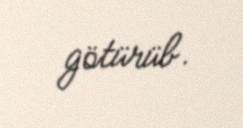
götürüb.